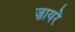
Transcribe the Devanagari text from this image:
ज़ायरे